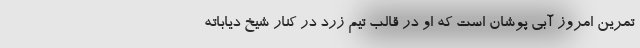
تمرین امروز آبی پوشان است که او در قالب تیم زرد در کنار شیخ دیاباته